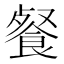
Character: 餐